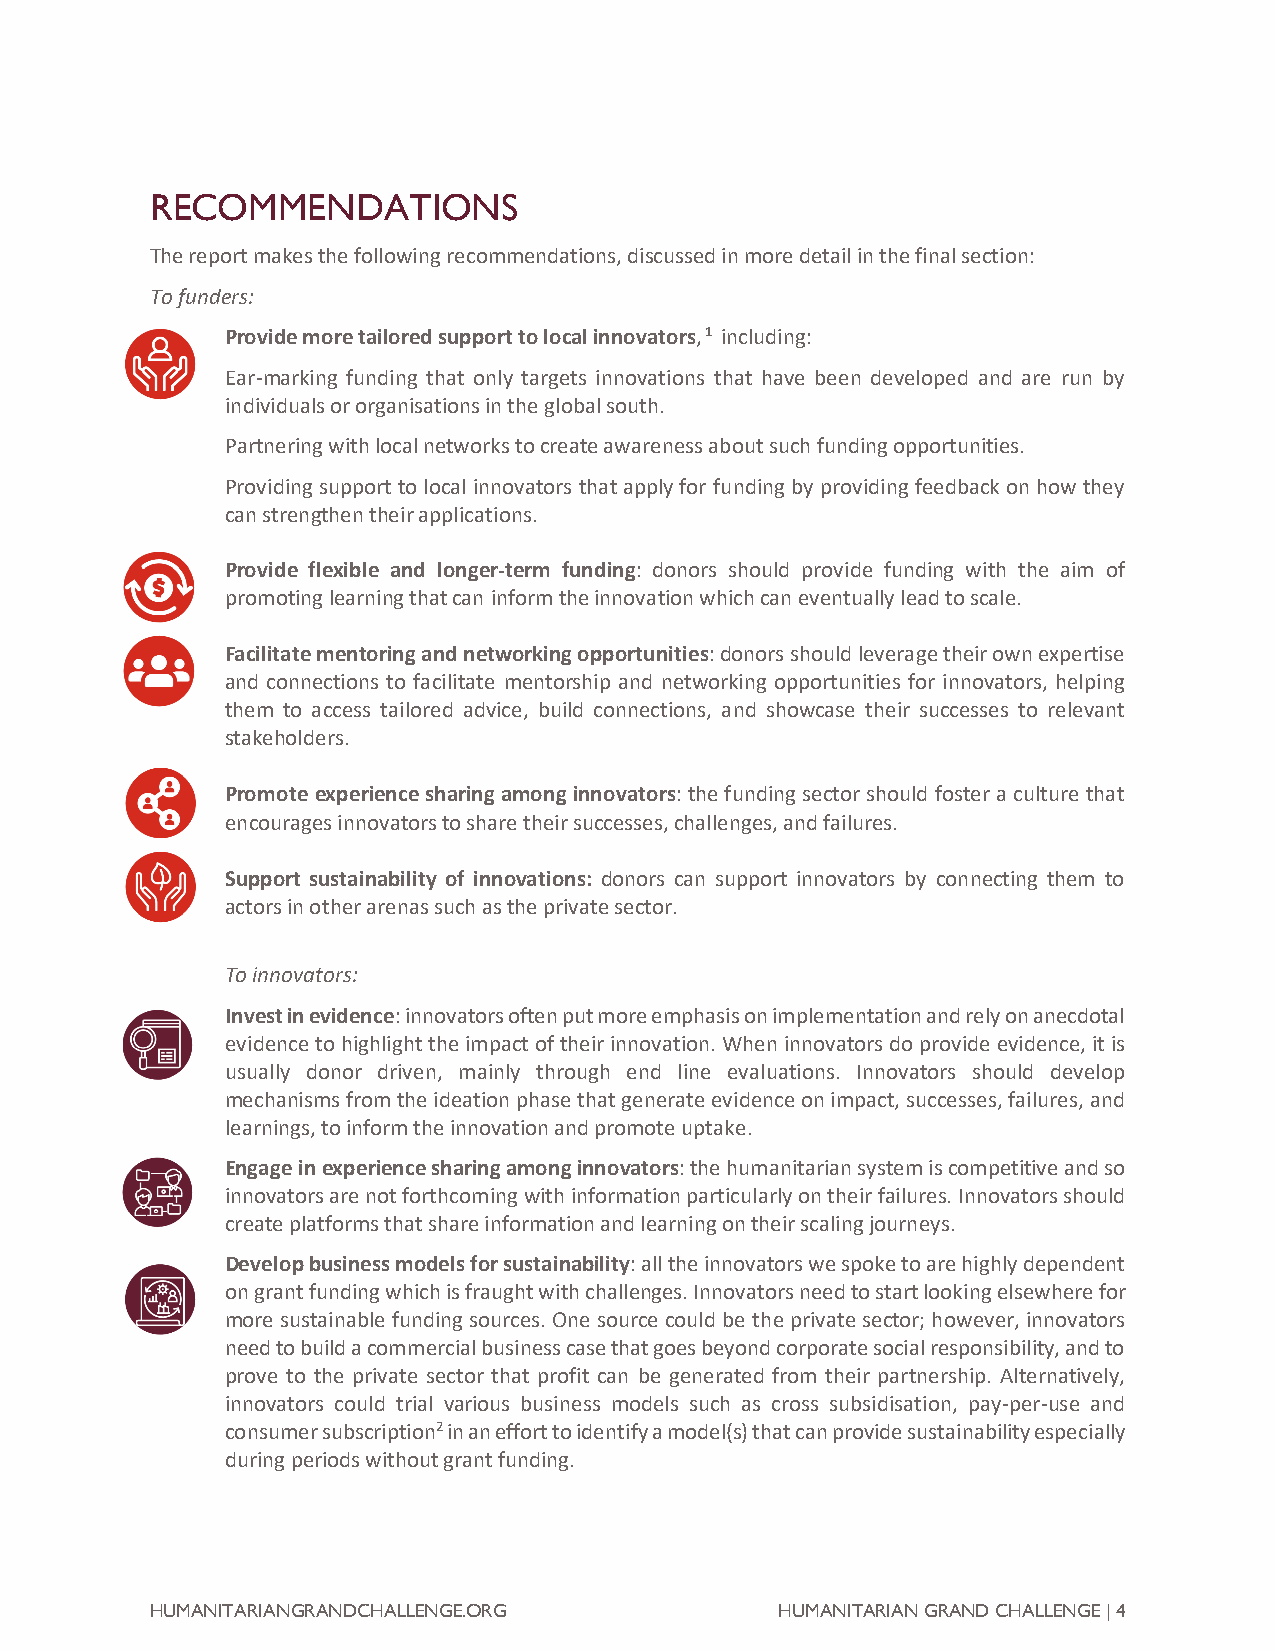
RECOMMENDATIONS
 The report makes the following recommendations, discussed in more detail in the final section:
 To funders:
 Provide more tailored support to local innovators, 1 including:
 Ear-marking funding that only targets innovations that have been developed and are run by
 individuals or organisations in the global south.
 Partnering with local networks to create awareness about such funding opportunities.
 Providing support to local innovators that apply for funding by providing feedback on how they
 can strengthen their applications.
 Provide flexible and longer-term funding: donors should provide funding with the aim of
 promoting learning that can inform the innovation which can eventually lead to scale.
 Facilitate mentoring and networking opportunities: donors should leverage their own expertise
 and connections to facilitate mentorship and networking opportunities for innovators, helping
 them to access tailored advice, build connections, and showcase their successes to relevant
 stakeholders.
 Promote experience sharing among innovators: the funding sector should foster a culture that
 encourages innovators to share their successes, challenges, and failures.
 Support sustainability of innovations: donors can support innovators by connecting them to
 actors in other arenas such as the private sector.
 To innovators:
 Invest in evidence: innovators often put more emphasis on implementation and rely on anecdotal
 evidence to highlight the impact of their innovation. When innovators do provide evidence, it is
 usually donor driven, mainly through end line evaluations. Innovators should develop
 mechanisms from the ideation phase that generate evidence on impact, successes, failures, and
 learnings, to inform the innovation and promote uptake.
 Engage in experience sharing among innovators: the humanitarian system is competitive and so
 innovators are not forthcoming with information particularly on their failures. Innovators should
 create platforms that share information and learning on their scaling journeys.
 Develop business models for sustainability: all the innovators we spoke to are highly dependent
 on grant funding which is fraught with challenges. Innovators need to start looking elsewhere for
 more sustainable funding sources. One source could be the private sector; however, innovators
 need to build a commercial business case that goes beyond corporate social responsibility, and to
 prove to the private sector that profit can be generated from their partnership. Alternatively,
 innovators could trial various business models such as cross subsidisation, pay-per-use and
 consumer subscription2 in an effort to identify a model(s) that can provide sustainability especially
 during periods without grant funding.
 HUMANITARIANGRANDCHALLENGE.ORG            HUMANITARIAN GRAND CHALLENGE | 4